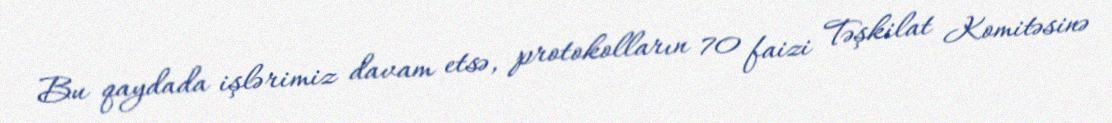
Bu qaydada işlərimiz davam etsə, protokolların 70 faizi Təşkilat Komitəsinə